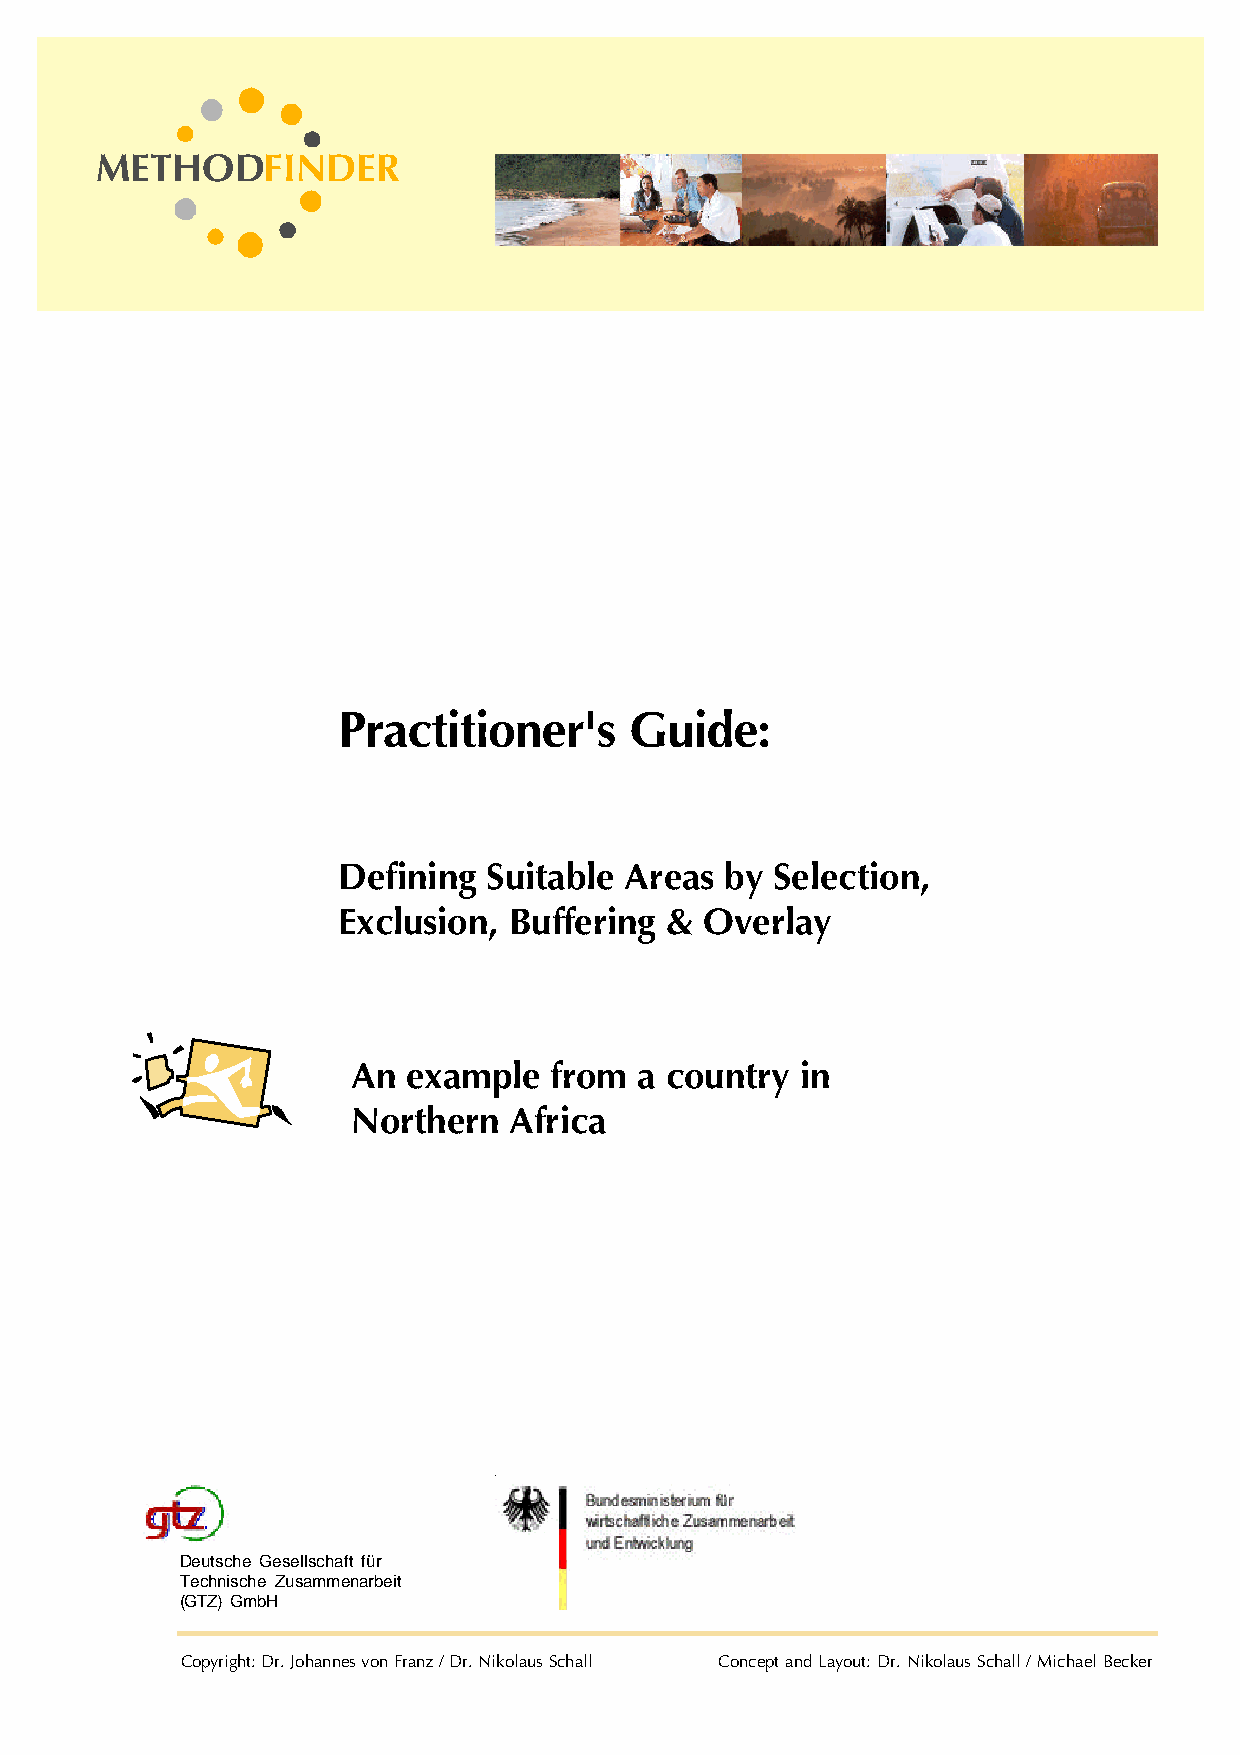
METHODFINDER
 Practitioner's      Guide:
 Defining  Suitable Areas  by Selection,
 Exclusion,  Buffering &  Overlay
 An  example  from  a country  in
 Northern   Africa
 Deutsche Gesellschaft für
 Technische Zusammenarbeit
 (GTZ) GmbH
 Copyright: Dr. Johannes von Franz / Dr. Nikolaus Schall Concept and Layout: Dr. Nikolaus Schall / Michael Becker